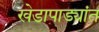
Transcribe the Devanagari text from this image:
खेडापाड्यांत